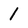
Character: 1